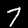
Digit: 7